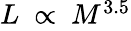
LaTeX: \begin{array}{l}{L\ \propto\ M^{3.5}}\end{array}